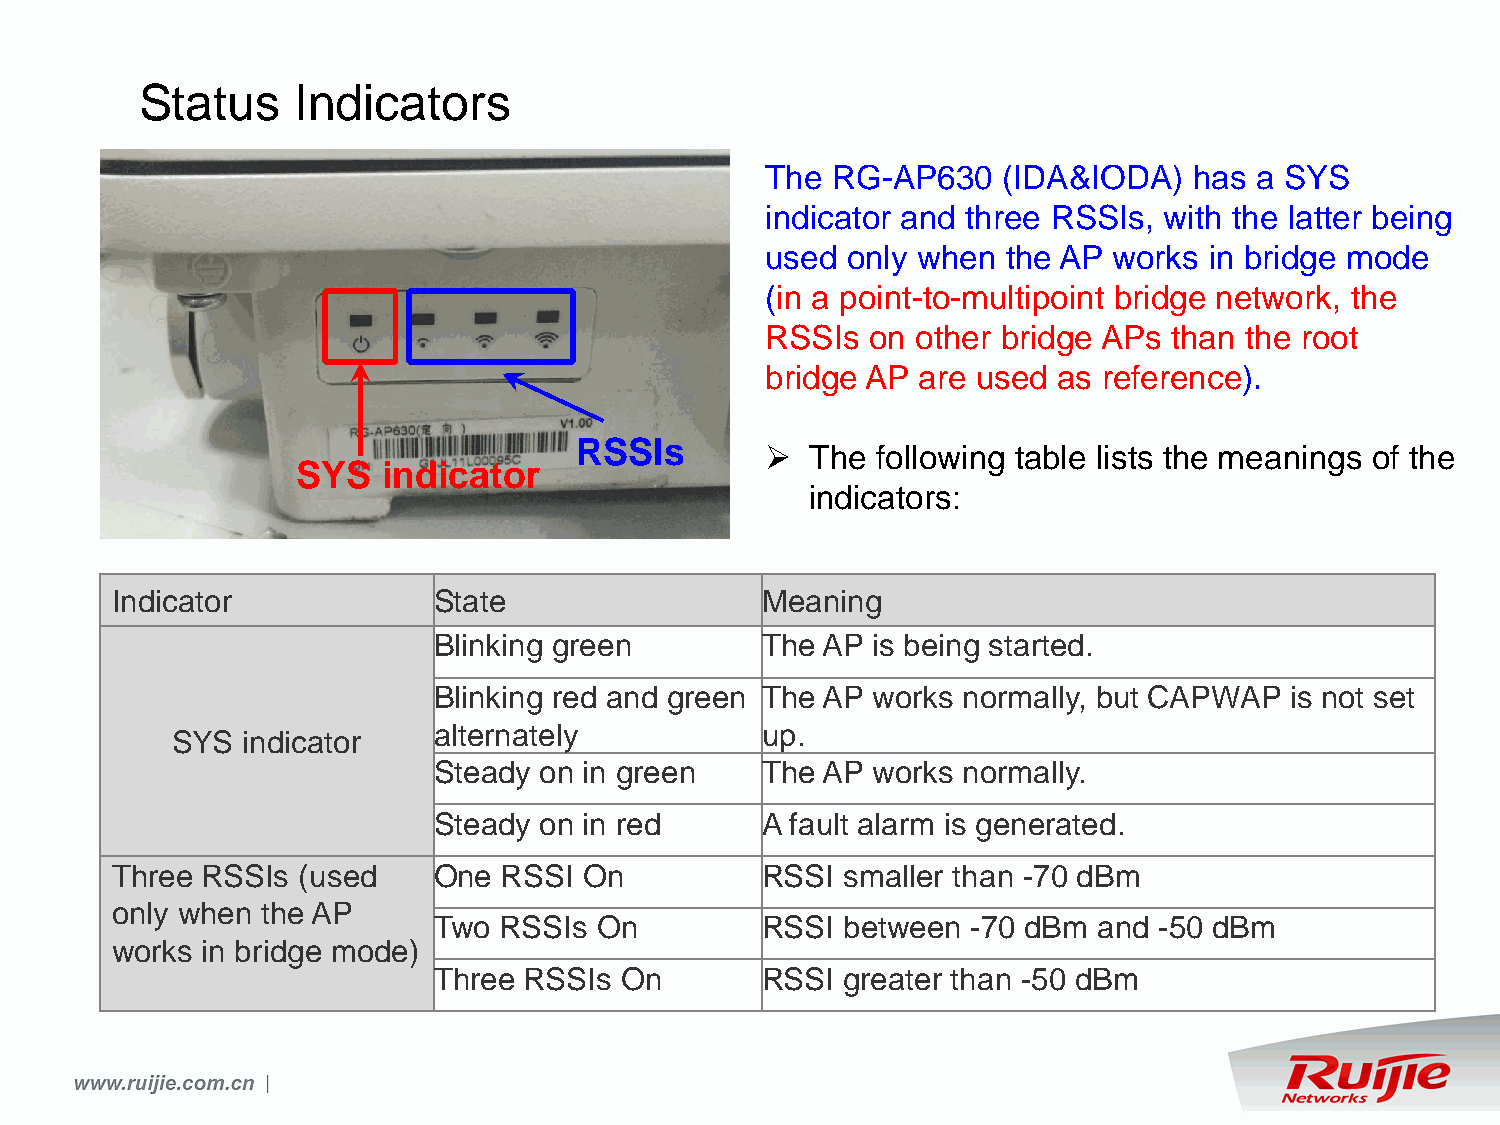
Status     Indicators
 The RG-AP630   (IDA&IODA)   has a SYS
 indicator and three RSSIs, with the latter being
 used only when  the AP works in bridge mode
 (in a point-to-multipoint bridge network, the
 RSSIs  on other bridge APs than the root
 bridge AP are used as reference).
 RSSIs
   The following table lists the meanings of the
 SYS  indicator
 indicators:
 Indicator             State                Meaning
 Blinking green       The AP  is being started.
 Blinking red and green The AP works normally, but CAPWAP is not set
 alternately          up.
 SYS  indicator
 Steady on in green   The AP  works normally.
 Steady on in red     A fault alarm is generated.
 Three RSSIs  (used    One RSSI  On         RSSI  smaller than -70 dBm
 only when the AP
 Two RSSIs On         RSSI  between -70 dBm  and -50 dBm
 works in bridge mode)
 Three RSSIs On       RSSI  greater than -50 dBm